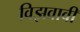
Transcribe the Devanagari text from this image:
विझवावी